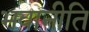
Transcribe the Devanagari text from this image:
भवानीति